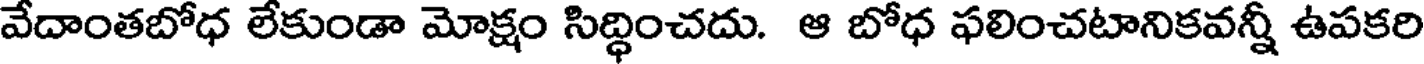
వేదాంతబోధ లేకుండా మోక్షం సిద్ధించదు. ఆ బోధ ఫలించటానికవన్నీ ఉపకరి